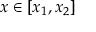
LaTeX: x \in [ x _ { 1 } , x _ { 2 } ]